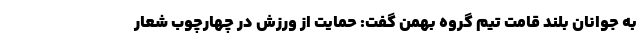
به جوانان بلند قامت تیم گروه بهمن گفت: حمایت از ورزش در چهارچوب شعار